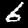
Digit: 6